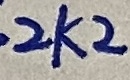
Text: 2K2